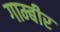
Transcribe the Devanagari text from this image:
गाम्बीर